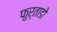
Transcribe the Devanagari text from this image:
फुर्ताडो